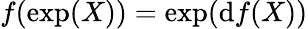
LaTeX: f(\exp(X))=\exp(\mathrm{d}f(X))